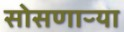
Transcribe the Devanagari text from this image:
सोसणाऱ्या